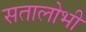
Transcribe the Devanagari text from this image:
सतालोभी